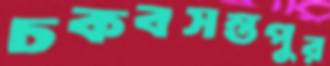
চকবসন্তপুর